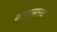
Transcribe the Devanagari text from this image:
बाणासारखे